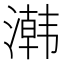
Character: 鿰